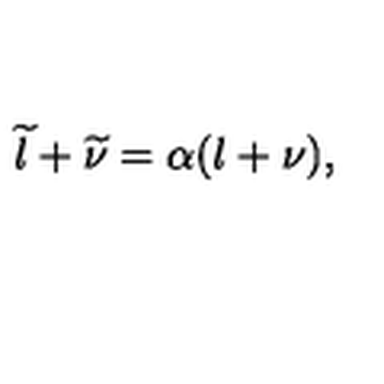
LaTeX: \widetilde { l } + \widetilde { \nu } = \alpha ( l + \nu ) ,